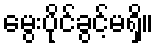
မွေးပိုင်ခွင့်မရှိ။